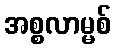
အစ္စလာမ္မစ်